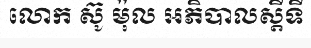
លោក ស៊ូ ម៉ុល អភិបាលស្តីទី